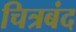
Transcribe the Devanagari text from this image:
चित्रबंद